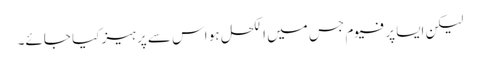
لیکن ایسا پرفیوم جس میں الکحل ہو اس سے پرہیز کیا جائے۔